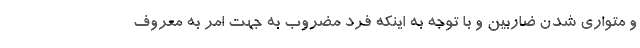
و متواری شدن ضاربین و با توجه به اینکه فرد مضروب به جهت امر به معروف